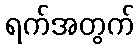
ရက်အတွက်